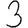
Digit: 3